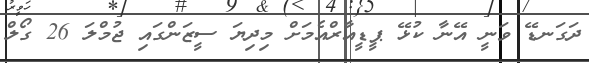
ދަގަނޑޭ ވަނީ އޭނާ ކުޅޭ ޕީޑީއާރްއެމަށް މިދިޔަ ސީޒަންގައި ޖުމްލަ 26 ގޯލް